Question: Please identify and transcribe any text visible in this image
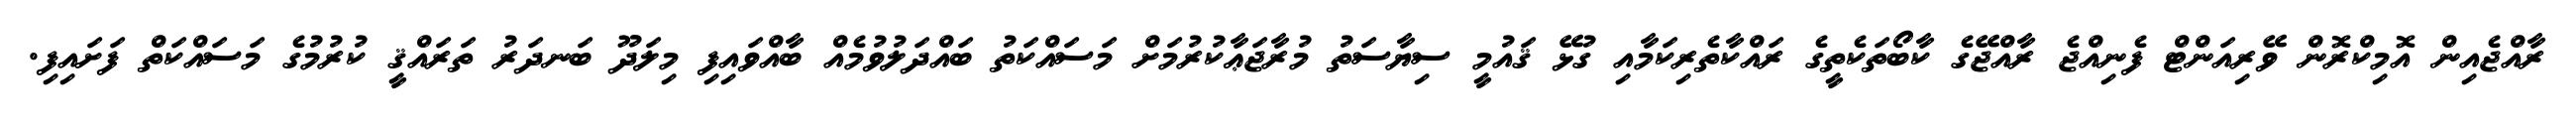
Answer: ރާއްޖެއިން އޮމިކްރޮން ވޭރިއަންޓް ފެނިއްޖެ ރާއްޖޭގެ ކާބޯތަކެތީގެ ރައްކާތެރިކަމާއި ގުޅޭ ޤައުމީ ސިޔާސަތު މުރާޖަޢާކުރުމަށް މަސައްކަތު ބައްދަލުވުމެއް ބާއްވައިފި މިލަދޫ ބަނދަރު ތަރައްޤީ ކުރުމުގެ މަސައްކަތް ފަށައިފި.